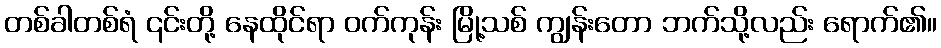
တစ်ခါတစ်ရံ ၎င်းတို့ နေထိုင်ရာ ဝက်ကုန်း မြို့သစ် ကျွန်းတော ဘက်သို့လည်း ရောက်၏။